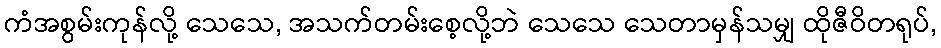
ကံအစွမ်းကုန်လို့ သေသေ, အသက်တမ်းစေ့လို့ဘဲ သေသေ သေတာမှန်သမျှ ထိုဇီဝိတရုပ်,